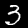
Label: 3